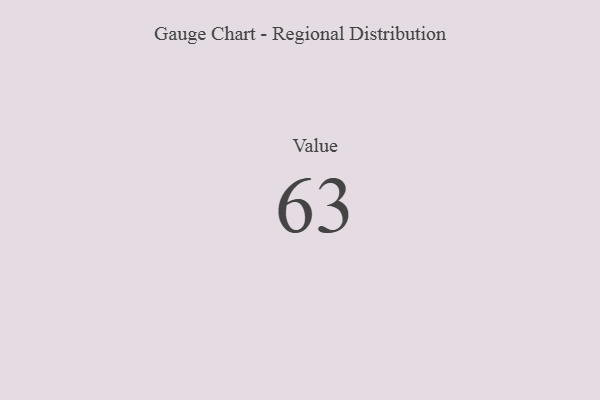
{"axis": {"x": "Metric", "y": "Value"}, "legend": [""], "data": [{"x": "Value", "y": 63, "type": ""}]}